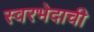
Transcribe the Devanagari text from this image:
स्वरभेदाची